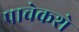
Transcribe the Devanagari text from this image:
पाचेकशे